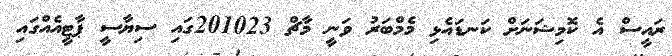
ރައީސް އެ ކޮމިޝަނަށް ކަނޑައެޅި މެމްބަރު ވަނީ މާޗް 201023ގައި ސިޔާސީ ޕާޓީއެއްގައި